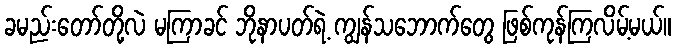
ခမည်းတော်တို့လဲ မကြာခင် ဘိုနာပတ်ရဲ့ ကျွန်သဘောက်တွေ ဖြစ်ကုန်ကြလိမ့်မယ်။